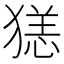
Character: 㺊